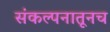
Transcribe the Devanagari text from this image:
संकल्पनातूनच